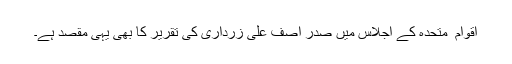
اقوام ِ متحدہ کے اجلاس میں صدر آصف علی زرداری کی تقریر کا بھی یہی مقصد ہے۔